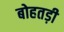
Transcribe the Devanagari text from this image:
बोहतड़ी